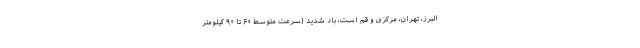
البرز، تهران، مرکزی و قم است، باد شدید (سرعت متوسط ۶۰ تا ۹۰ کیلومتر